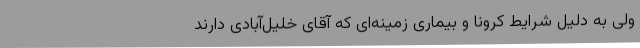
ولی به دلیل شرایط کرونا و بیماری زمینه‌ای که آقای خلیل‌آبادی دارند